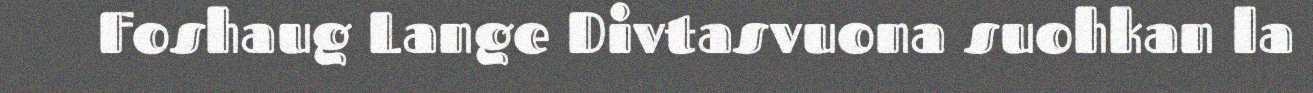
Foshaug Lange Divtasvuona suohkan la